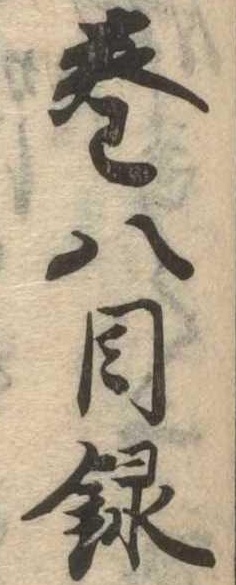
巻八目録